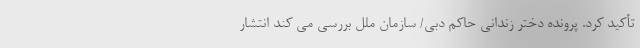
تأکید کرد. پرونده دختر زندانی حاکم دبی/ سازمان ملل بررسی می کند انتشار